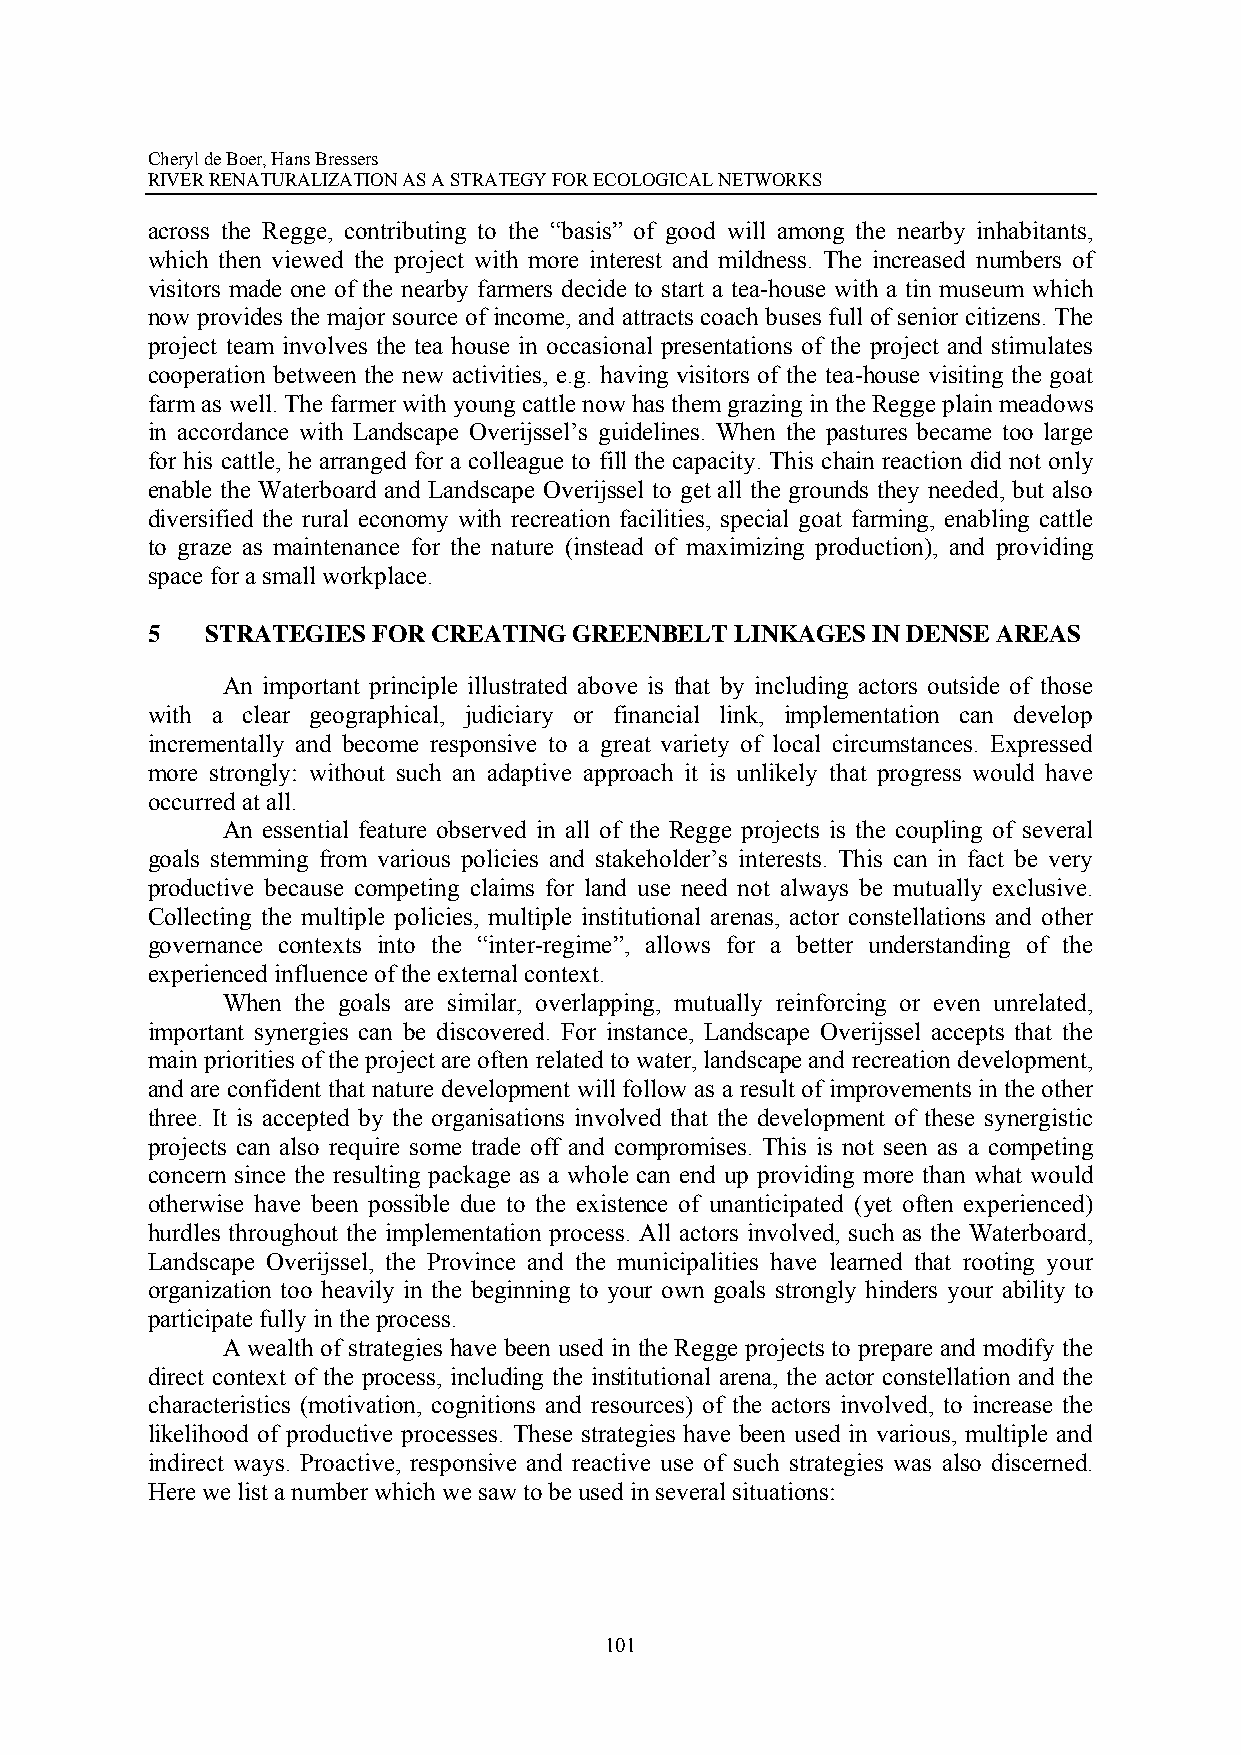
Cheryl de Boer, Hans Bressers
 RIVER RENATURALIZATION AS A STRATEGY FOR ECOLOGICAL NETWORKS
 across the Regge, contributing to the “basis” of good will among the nearby inhabitants,
 which then viewed the project with more interest and mildness. The increased numbers of
 visitors made one of the nearby farmers decide to start a tea-house with a tin museum which
 now provides the major source of income, and attracts coach buses full of senior citizens. The
 project team involves the tea house in occasional presentations of the project and stimulates
 cooperation between the new activities, e.g. having visitors of the tea-house visiting the goat
 farm as well. The farmer with young cattle now has them grazing in the Regge plain meadows
 in accordance with Landscape Overijssel’s guidelines. When the pastures became too large
 for his cattle, he arranged for a colleague to fill the capacity. This chain reaction did not only
 enable the Waterboard and Landscape Overijssel to get all the grounds they needed, but also
 diversified the rural economy with recreation facilities, special goat farming, enabling cattle
 to graze as maintenance for the nature (instead of maximizing production), and providing
 space for a small workplace.
 5   STRATEGIES FOR CREATING GREENBELT  LINKAGES IN DENSE AREAS
 An important principle illustrated above is that by including actors outside of those
 with a clear geographical, judiciary or financial link, implementation can develop
 incrementally and become responsive to a great variety of local circumstances. Expressed
 more strongly: without such an adaptive approach it is unlikely that progress would have
 occurred at all.
 An essential feature observed in all of the Regge projects is the coupling of several
 goals stemming from various policies and stakeholder’s interests. This can in fact be very
 productive because competing claims for land use need not always be mutually exclusive.
 Collecting the multiple policies, multiple institutional arenas, actor constellations and other
 governance contexts into the “inter-regime”, allows for a better understanding of the
 experienced influence of the external context.
 When the goals are similar, overlapping, mutually reinforcing or even unrelated,
 important synergies can be discovered. For instance, Landscape Overijssel accepts that the
 main priorities of the project are often related to water, landscape and recreation development,
 and are confident that nature development will follow as a result of improvements in the other
 three. It is accepted by the organisations involved that the development of these synergistic
 projects can also require some trade off and compromises. This is not seen as a competing
 concern since the resulting package as a whole can end up providing more than what would
 otherwise have been possible due to the existence of unanticipated (yet often experienced)
 hurdles throughout the implementation process. All actors involved, such as the Waterboard,
 Landscape Overijssel, the Province and the municipalities have learned that rooting your
 organization too heavily in the beginning to your own goals strongly hinders your ability to
 participate fully in the process.
 A wealth of strategies have been used in the Regge projects to prepare and modify the
 direct context of the process, including the institutional arena, the actor constellation and the
 characteristics (motivation, cognitions and resources) of the actors involved, to increase the
 likelihood of productive processes. These strategies have been used in various, multiple and
 indirect ways. Proactive, responsive and reactive use of such strategies was also discerned.
 Here we list a number which we saw to be used in several situations:
 101